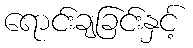
ရောင်းချခြင်းနှင့်